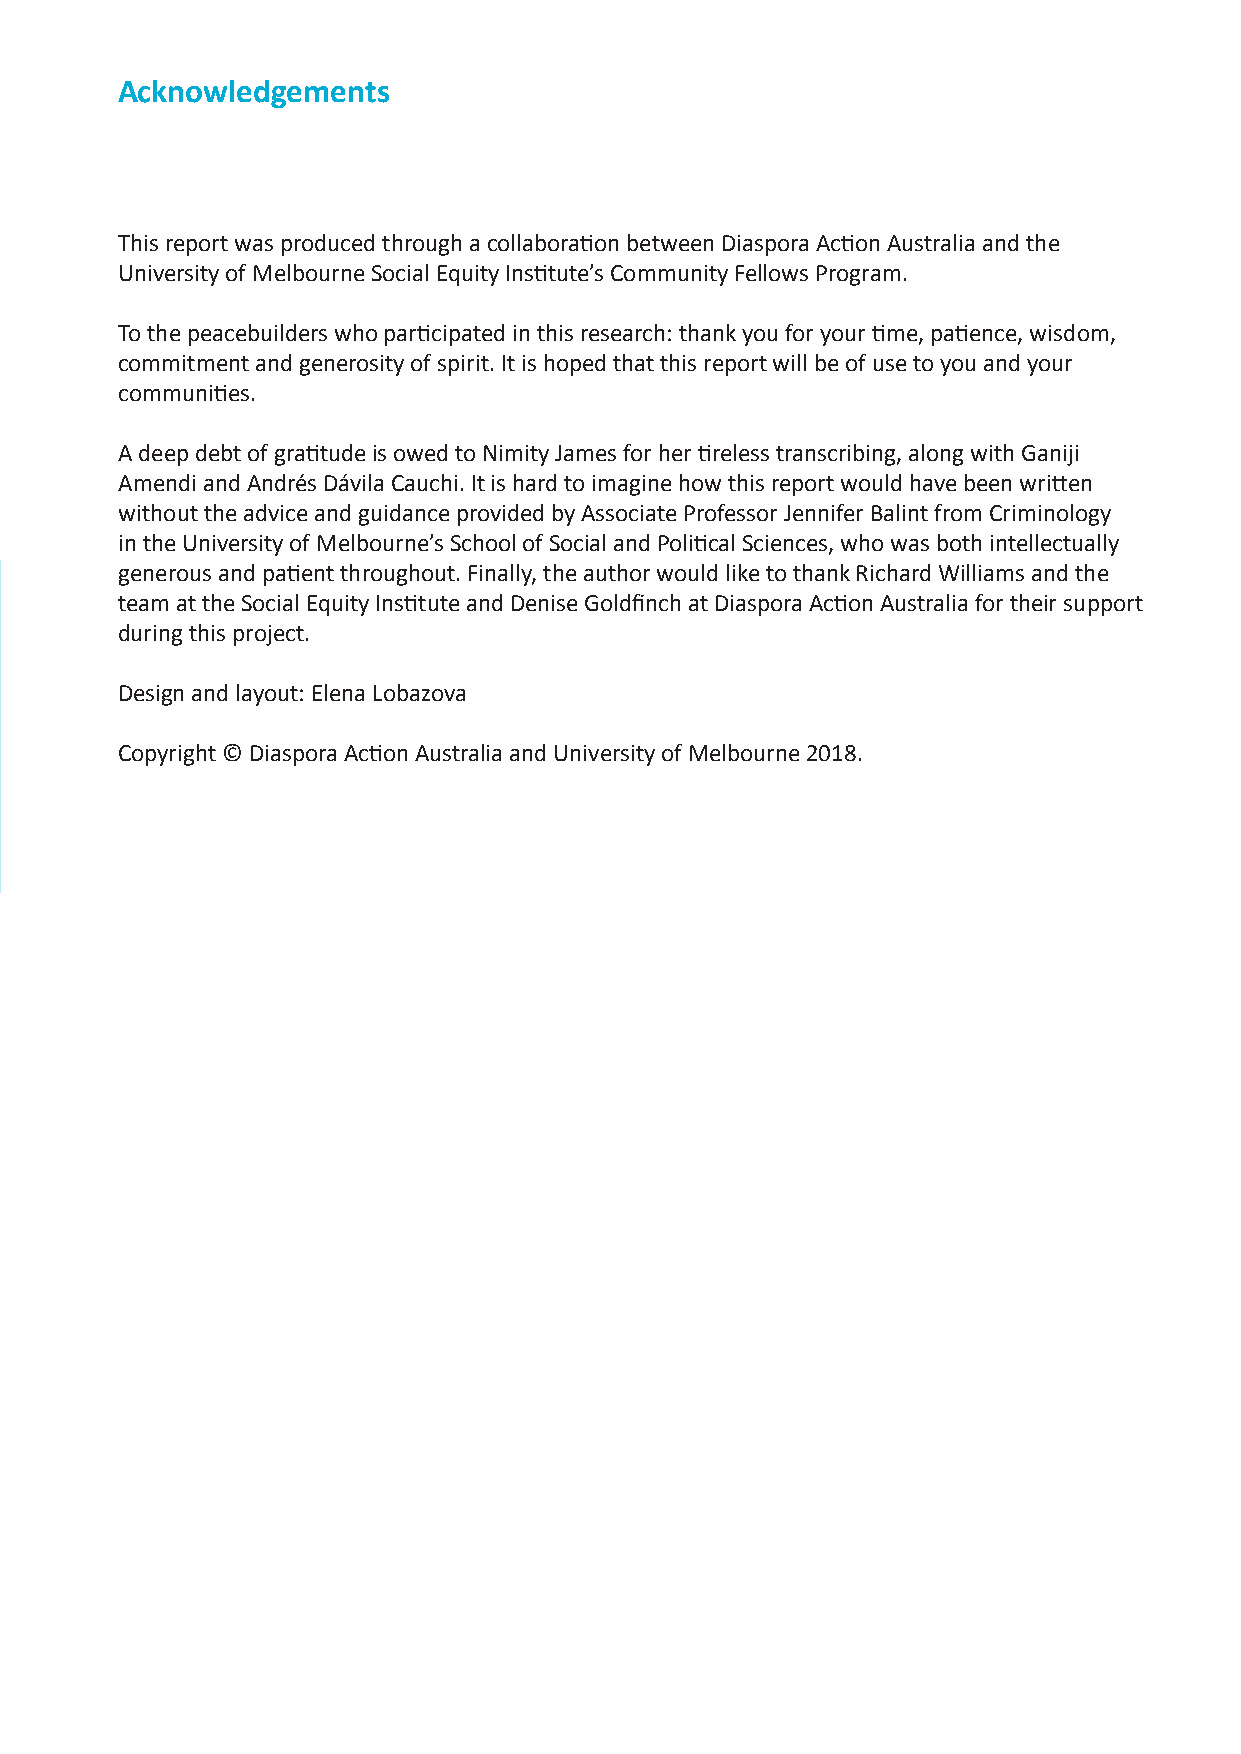
Acknowledgements
 This report was produced through a collaboration between Diaspora Action Australia and the
 University of Melbourne Social Equity Institute’s Community Fellows Program.
 To the peacebuilders who participated in this research: thank you for your time, patience, wisdom,
 commitment and generosity of spirit. It is hoped that this report will be of use to you and your
 communities.
 A deep debt of gratitude is owed to Nimity James for her tireless transcribing, along with Ganiji
 Amendi and Andrés Dávila Cauchi. It is hard to imagine how this report would have been written
 without the advice and guidance provided by Associate Professor Jennifer Balint from Criminology
 in the University of Melbourne’s School of Social and Political Sciences, who was both intellectually
 generous and patient throughout. Finally, the author would like to thank Richard Williams and the
 team at the Social Equity Institute and Denise Goldfinch at Diaspora Action Australia for their support
 during this project.
 Design and layout: Elena Lobazova
 Copyright © Diaspora Action Australia and University of Melbourne 2018.